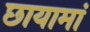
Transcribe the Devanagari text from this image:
छायामां